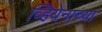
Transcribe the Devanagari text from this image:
व्हियेनाच्या